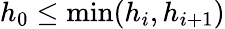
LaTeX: h_{0}\leq\textrm{min}(h_{i},h_{i+1})